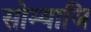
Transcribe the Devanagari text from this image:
सोम्याजि